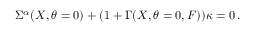
\Sigma ^ { \alpha } ( X , \theta = 0 ) + ( 1 + \Gamma ( X , \theta = 0 , F ) ) \kappa = 0 \, .